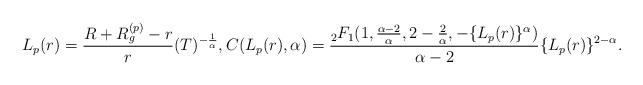
LaTeX: \begin{align*}L_p(r)= \frac{R+R_g^{(p)}-r}{r}(T)^{-\frac{1}{\alpha}}, C(L_p(r),\alpha)=\frac{{}_2 F_1(1,\frac{\alpha-2}{\alpha},2-\frac{2}{\alpha},-\{L_p(r)\}^\alpha)}{\alpha-2}\{L_p(r)\}^{2-\alpha} .\end{align*}